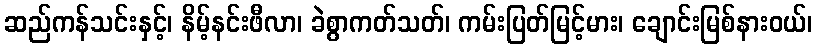
ဆည်ကန်သင်းနှင့်၊ နိမ့်နင်းဖီလာ၊ ခဲစွာကတ်သတ်၊ ကမ်းပြတ်မြင့်မား၊ ချောင်းမြစ်နားဝယ်၊